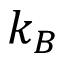
k _ { B }